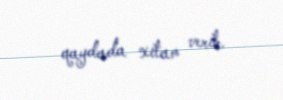
qaydada xitam verib.